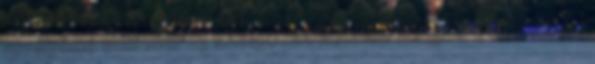
levegőbe ami már új szagokat hordoz magában. Halál és